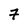
Character: 7